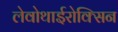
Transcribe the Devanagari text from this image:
लेवोथाईरोक्सिन